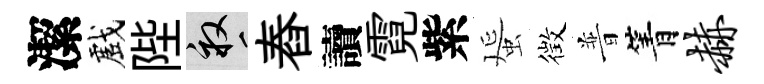
潔戲陛畝舂讀霓紫蜑徴普箐赫